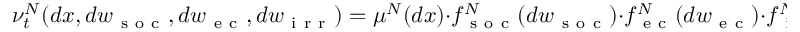
\nu _ { t } ^ { N } ( d x , d w _ { \mathrm { ~ s ~ o ~ c ~ } } , d w _ { \mathrm { ~ e ~ c ~ } } , d w _ { \mathrm { ~ i ~ r ~ r ~ } } ) = \mu ^ { N } ( d x ) \cdot f _ { \mathrm { ~ s ~ o ~ c ~ } } ^ { N } ( d w _ { \mathrm { ~ s ~ o ~ c ~ } } ) \cdot f _ { \mathrm { ~ e ~ c ~ } } ^ { N } ( d w _ { \mathrm { ~ e ~ c ~ } } ) \cdot f _ { \mathrm { ~ i ~ r ~ r ~ } } ^ { N } ( d w _ { \mathrm { ~ i ~ r ~ r ~ } } ) .